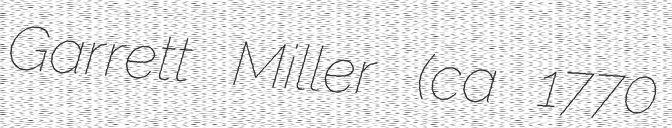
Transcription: Garrett Miller (ca 1770